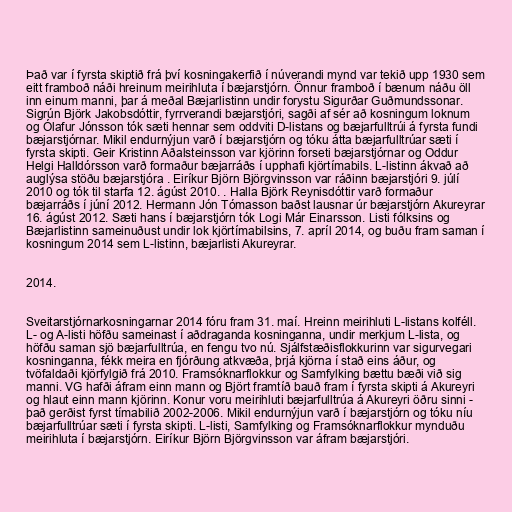
Það var í fyrsta skiptið frá því kosningakerfið í núverandi mynd var tekið upp 1930 sem
eitt framboð náði hreinum meirihluta í bæjarstjórn. Önnur framboð í bænum náðu öll
inn einum manni, þar á meðal Bæjarlistinn undir forystu Sigurðar Guðmundssonar.
Sigrún Björk Jakobsdóttir, fyrrverandi bæjarstjóri, sagði af sér að kosningum loknum
og Ólafur Jónsson tók sæti hennar sem oddviti D-listans og bæjarfulltrúi á fyrsta fundi
bæjarstjórnar. Mikil endurnýjun varð í bæjarstjórn og tóku átta bæjarfulltrúar sæti í
fyrsta skipti. Geir Kristinn Aðalsteinsson var kjörinn forseti bæjarstjórnar og Oddur
Helgi Halldórsson varð formaður bæjarráðs í upphafi kjörtímabils. L-listinn ákvað að
auglýsa stöðu bæjarstjóra . Eiríkur Björn Björgvinsson var ráðinn bæjarstjóri 9. júlí
2010 og tók til starfa 12. ágúst 2010. . Halla Björk Reynisdóttir varð formaður
bæjarráðs í júní 2012. Hermann Jón Tómasson baðst lausnar úr bæjarstjórn Akureyrar
16. ágúst 2012. Sæti hans í bæjarstjórn tók Logi Már Einarsson. Listi fólksins og
Bæjarlistinn sameinuðust undir lok kjörtímabilsins, 7. apríl 2014, og buðu fram saman í
kosningum 2014 sem L-listinn, bæjarlisti Akureyrar.

2014.

Sveitarstjórnarkosningarnar 2014 fóru fram 31. maí. Hreinn meirihluti L-listans kolféll.
L- og A-listi höfðu sameinast í aðdraganda kosninganna, undir merkjum L-lista, og
höfðu saman sjö bæjarfulltrúa, en fengu tvo nú. Sjálfstæðisflokkurinn var sigurvegari
kosninganna, fékk meira en fjórðung atkvæða, þrjá kjörna í stað eins áður, og
tvöfaldaði kjörfylgið frá 2010. Framsóknarflokkur og Samfylking bættu bæði við sig
manni. VG hafði áfram einn mann og Björt framtíð bauð fram í fyrsta skipti á Akureyri
og hlaut einn mann kjörinn. Konur voru meirihluti bæjarfulltrúa á Akureyri öðru sinni -
það gerðist fyrst tímabilið 2002-2006. Mikil endurnýjun varð í bæjarstjórn og tóku níu
bæjarfulltrúar sæti í fyrsta skipti. L-listi, Samfylking og Framsóknarflokkur mynduðu
meirihluta í bæjarstjórn. Eiríkur Björn Björgvinsson var áfram bæjarstjóri.